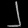
Digit: ၂